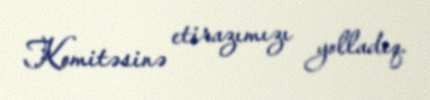
Komitəsinə etirazımızı yolladıq.